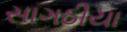
સાગઠીયા